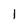
Character: 1